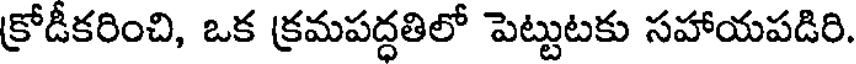
క్రోడీకరించి, ఒక క్రమపద్ధతిలో పెట్టుటకు సహాయపడిరి.